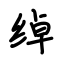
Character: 绰